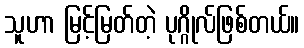
သူဟာ မြင့်မြတ်တဲ့ ပုဂ္ဂိုလ်ဖြစ်တယ်။